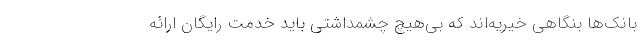
بانک‌ها بنگاهی خیریه‌اند که بی‌هیچ چشمداشتی باید خدمت رایگان ارائه